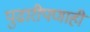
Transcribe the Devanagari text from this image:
पुढारीपणाही